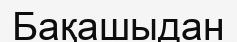
Бақашыдан